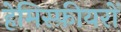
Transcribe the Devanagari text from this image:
हेमिस्फ़ीयरों